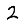
Digit: 2